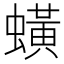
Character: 蟥